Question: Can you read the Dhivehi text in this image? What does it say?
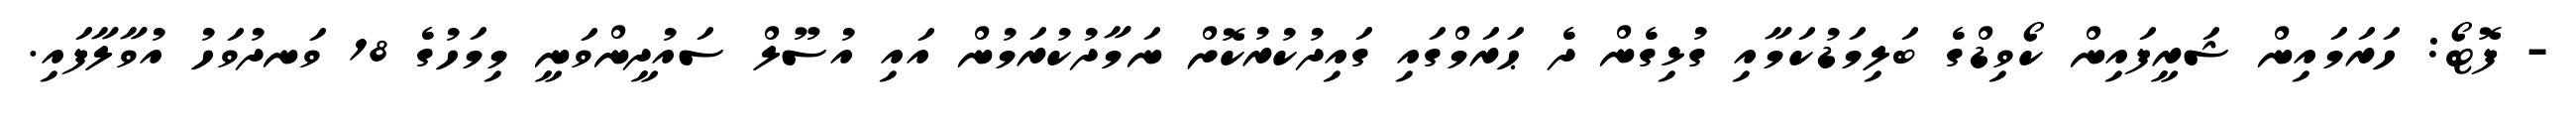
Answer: - ފޮޓޯ: ހަރަމައިން ޝަރީފައިން ކޯވިޑްގެ ބަލިމަޑުކަމާއި ގުޅިގެން ދެ ޙަރަމްގައި ގައިދުކުރުކޮށް ނަމާދުކުރަމުން އައި އުސޫލް ސައުދީންވަނީ މިމަހުގެ 18 ވަނދުވަހު އުވާލާފައި.